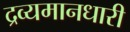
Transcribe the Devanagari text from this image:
द्रव्यमानधारी